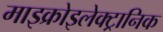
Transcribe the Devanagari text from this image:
माइक्रोइलेक्ट्रानिक